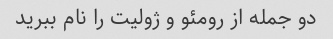
دو جمله از رومئو و ژولیت را نام ببرید